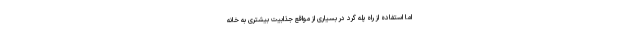
اما استفاده از راه پله گرد در بسیاری از مواقع جذابیت بیشتری به خانه